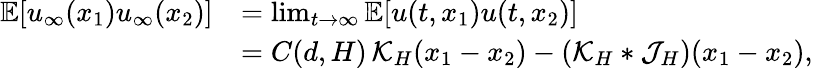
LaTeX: \begin{array}{rl}{\mathbb{E}[u_{\infty}(x_{1})u_{\infty}(x_{2})]}&{=\operatorname*{lim}_{t\rightarrow\infty}\mathbb{E}[u(t,x_{1})u(t,x_{2})]}\\ &{=C(d,H)\, \mathcal{K}_{H}(x_{1}-x_{2})-(\mathcal{K}_{H}\ast\mathcal{J}_{H})(x_{1}-x_{2}),}\end{array}